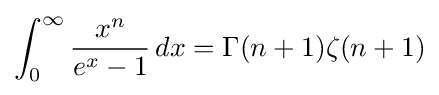
\int _{0}^{\infty }{\frac {x^{n}}{e^{x}-1}}\,dx=\Gamma (n+1)\zeta (n+1)